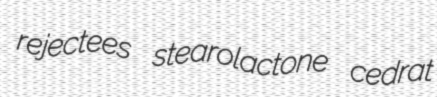
rejectees stearolactone cedrat